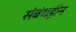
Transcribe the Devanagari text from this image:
संबंधहीन